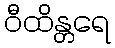
ဝီထိန္တရေ